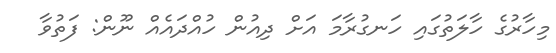
މިހާރުގެ ހާލަތުގައި ހަނގުރާމަ އަށް ދިއުން ހުއްދައެއް ނޫން: ފަތުވާ